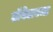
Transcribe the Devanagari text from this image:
टॉवेलवजा